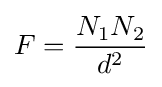
F={\frac {N_{1}N_{2}}{d^{2}}}